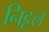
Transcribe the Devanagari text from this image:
निट्टल